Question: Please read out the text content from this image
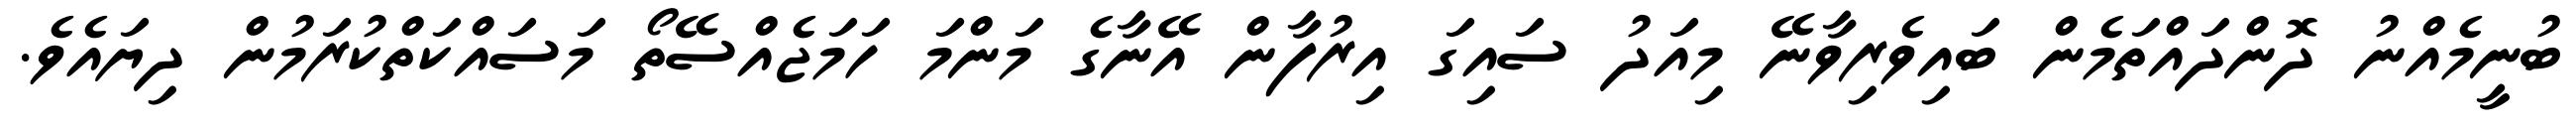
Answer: ބުނީމެއްނު ދޮންދައްތަމެން ބައިވެރިވާނޭ މިއަދު ސައިގަ އިރުފާން އޭނާގެ މަންމަ ހަމަޖެއްސޭތޯ މަސައްކަތްކުރަމުން ދިޔައެވެ.